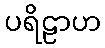
ပရိဠာဟ